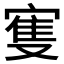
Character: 𱚐